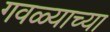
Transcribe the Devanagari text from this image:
गवळ्याच्या